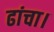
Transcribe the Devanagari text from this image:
ढांचा।